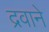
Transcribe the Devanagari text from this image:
द्रवाने